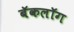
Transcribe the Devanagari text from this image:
बॅकलॉग